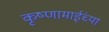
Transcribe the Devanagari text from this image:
कृष्णामाईंच्या